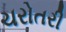
ચરોતરી